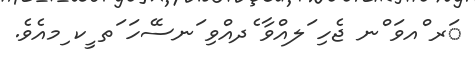
ަރ ްއވަ ްނ ޖެހި ަލއްވާ ެދއްވި ަނސޭހަ ަތ ީކ ިމއެވެ.